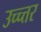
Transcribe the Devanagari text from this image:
उच्च्त्तर